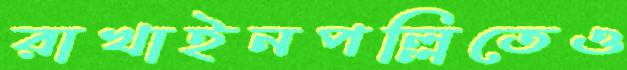
রাখাইনপল্লিতেও